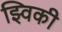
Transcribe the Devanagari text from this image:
झ्विकी